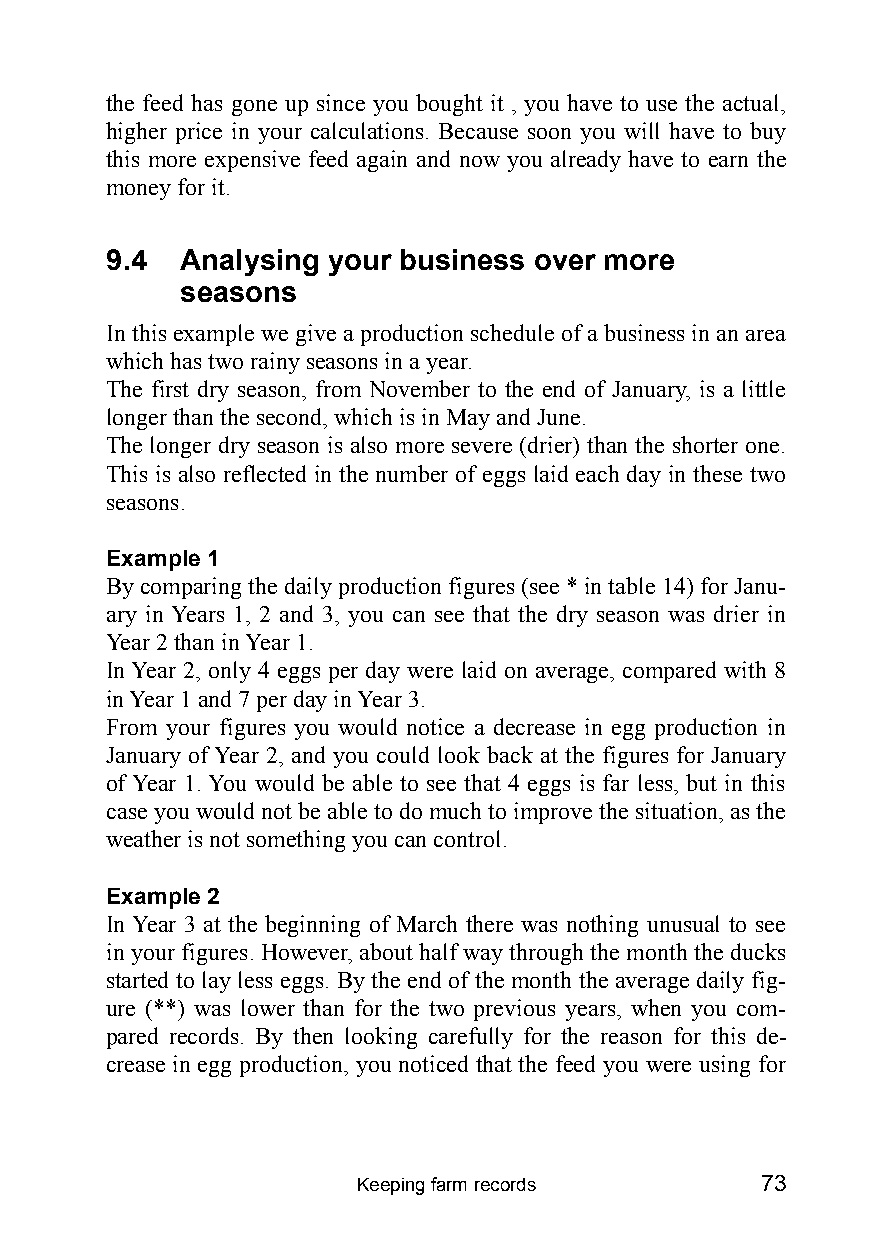
the feed has gone up since you bought it , you have to use the actual,
 higher price in your calculations. Because soon you will have to buy
 this more expensive feed again and now you already have to earn the
 money for it.
 9.4  Analysing your business over more
 seasons
 In this example we give a production schedule of a business in an area
 which has two rainy seasons in a year.
 The first dry season, from November to the end of January, is a little
 longer than the second, which is in May and June.
 The longer dry season is also more severe (drier) than the shorter one.
 This is also reflected in the number of eggs laid each day in these two
 seasons.
 Example 1
 By comparing the daily production figures (see * in table 14) for Janu-
 ary in Years 1, 2 and 3, you can see that the dry season was drier in
 Year 2 than in Year 1.
 In Year 2, only 4 eggs per day were laid on average, compared with 8
 in Year 1 and 7 per day in Year 3.
 From your figures you would notice a decrease in egg production in
 January of Year 2, and you could look back at the figures for January
 of Year 1. You would be able to see that 4 eggs is far less, but in this
 case you would not be able to do much to improve the situation, as the
 weather is not something you can control.
 Example 2
 In Year 3 at the beginning of March there was nothing unusual to see
 in your figures. However, about half way through the month the ducks
 started to lay less eggs. By the end of the month the average daily fig-
 ure (**) was lower than for the two previous years, when you com-
 pared records. By then looking carefully for the reason for this de-
 crease in egg production, you noticed that the feed you were using for
 Keeping farm records      73